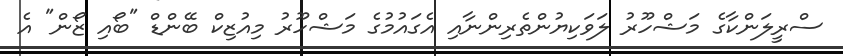
ސްރީލަންކާގެ މަޝްހޫރު ލަވަކިޔުންތެރިންނާއި އެގައުމުގެ މަޝްހޫރު މިއުޒިކް ބޭންޑް "ބޯއި ޒޯން" އެ